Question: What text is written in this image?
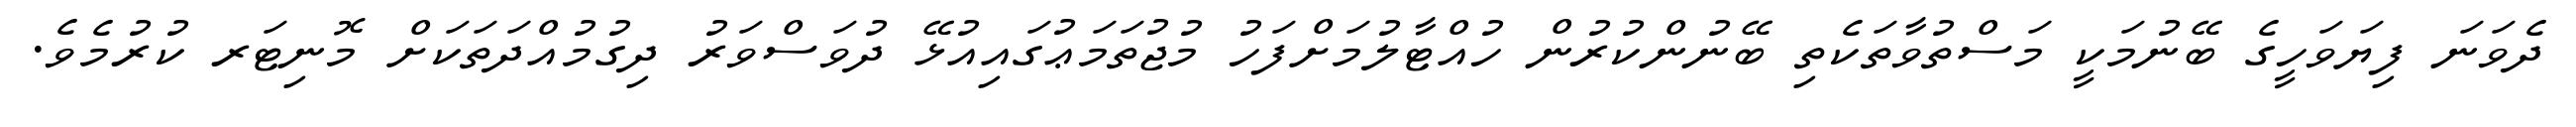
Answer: ދެވަނަ ފިޔަވަހީގެ ބޭނުމަކީ މަސްތުވާތަކެތި ބޭނުންކުރުން ހުއްޓާލުމަށްފަހު މުޖުތަމަޢުގައިއުޅޭ ދުވަސްވަރު ދިގުމުއްދަތަކަށް މޮނިޓަރ ކުރުމެވެ.